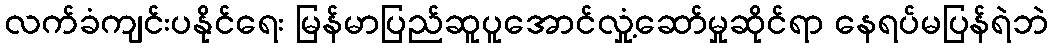
လက်ခံကျင်းပနိုင်ရေး မြန်မာပြည်ဆူပူအောင်လှုံ့ဆော်မှုဆိုင်ရာ နေရပ်မပြန်ရဲဘဲ